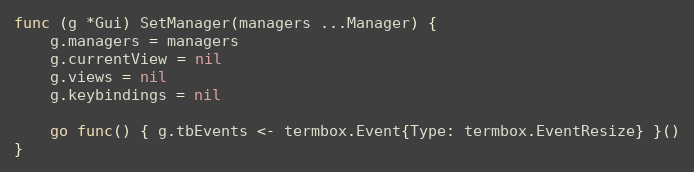
Language: Go
func (g *Gui) SetManager(managers ...Manager) {
	g.managers = managers
	g.currentView = nil
	g.views = nil
	g.keybindings = nil

	go func() { g.tbEvents <- termbox.Event{Type: termbox.EventResize} }()
}